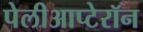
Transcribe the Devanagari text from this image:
पेलीआप्टेरॉन